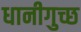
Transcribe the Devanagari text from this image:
धानीगुच्छ